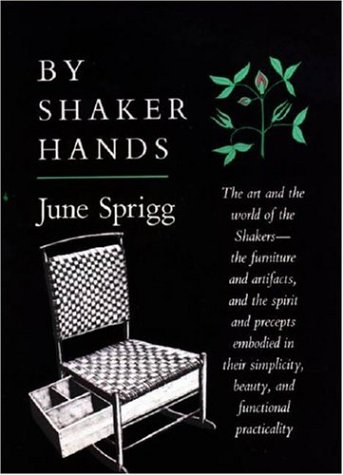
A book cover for By Shaker Hands; June Sprigg; Christian Books & Bibles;